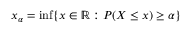
x _ { \alpha } = \operatorname* { i n f } \{ x \in \mathbb { R } : P ( X \leq x ) \geq \alpha \}